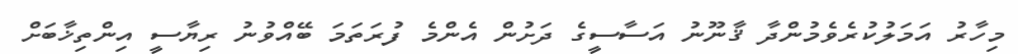
މިހާރު އަމަލުކުރެވެމުންދާ ޤާނޫނު އަސާސީގެ ދަށުން އެންމެ ފުރަތަމަ ބޭއްވުނު ރިޔާސީ އިންތިޚާބަށް